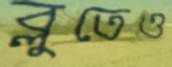
ব্লুতেও